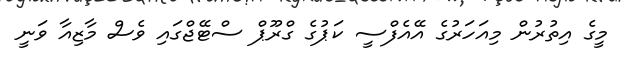
މީގެ އިތުރުން މިއަހަރުގެ އޭއެފްސީ ކަޕުގެ ގްރޫޕް ސްޓޭޖްގައި ވެސް މާޒިއާ ވަނީ